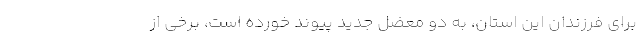
براي فرزندان اين استان، به دو معضل جديد پيوند خورده است، برخي از